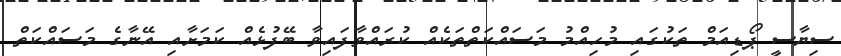
ސިޔާސީ ޕޯޑިއަމް ތަކުގައި މުހިއްމު މަސައްކަތްތަކެއް ކުރައްވާފައިވާ ބޭފުޅެއް ކަމަށާއި އޭނާގެ މަސައްކަތް